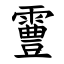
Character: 霻